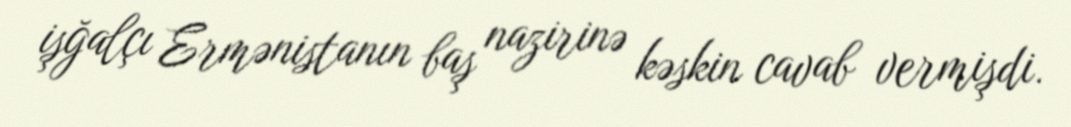
işğalçı Ermənistanın baş nazirinə kəskin cavab vermişdi.